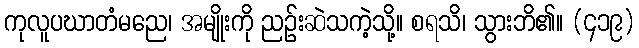
ကုလူပဃာတံမညေ၊ အမျိုးကို ညဉ်းဆဲသကဲ့သို့။ စရသိ၊ သွားဘိ၏။ (၄၁၉)